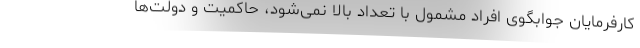
کارفرمایان جوابگوی افراد مشمول با تعداد بالا نمی‌شود، حاکمیت و دولت‌ها